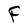
Character: F